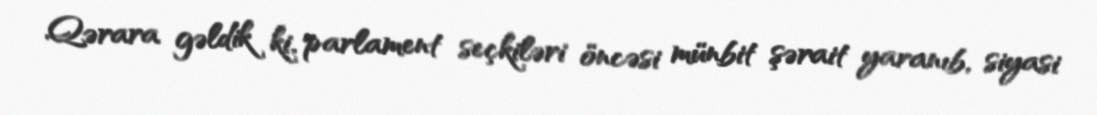
Qərara gəldik ki, parlament seçkiləri öncəsi münbit şərait yaranıb, siyasi